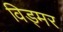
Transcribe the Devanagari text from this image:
विड्मर